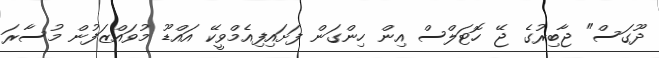
ދޫގަސް" ޖާބިރުގެ ޖޭ ހޮޓަލްސް އިން ހިންގަން ފަށައިފިއެމްވީކޭ އައްޑޫ މުވައްޒަފުން މުސާރަ